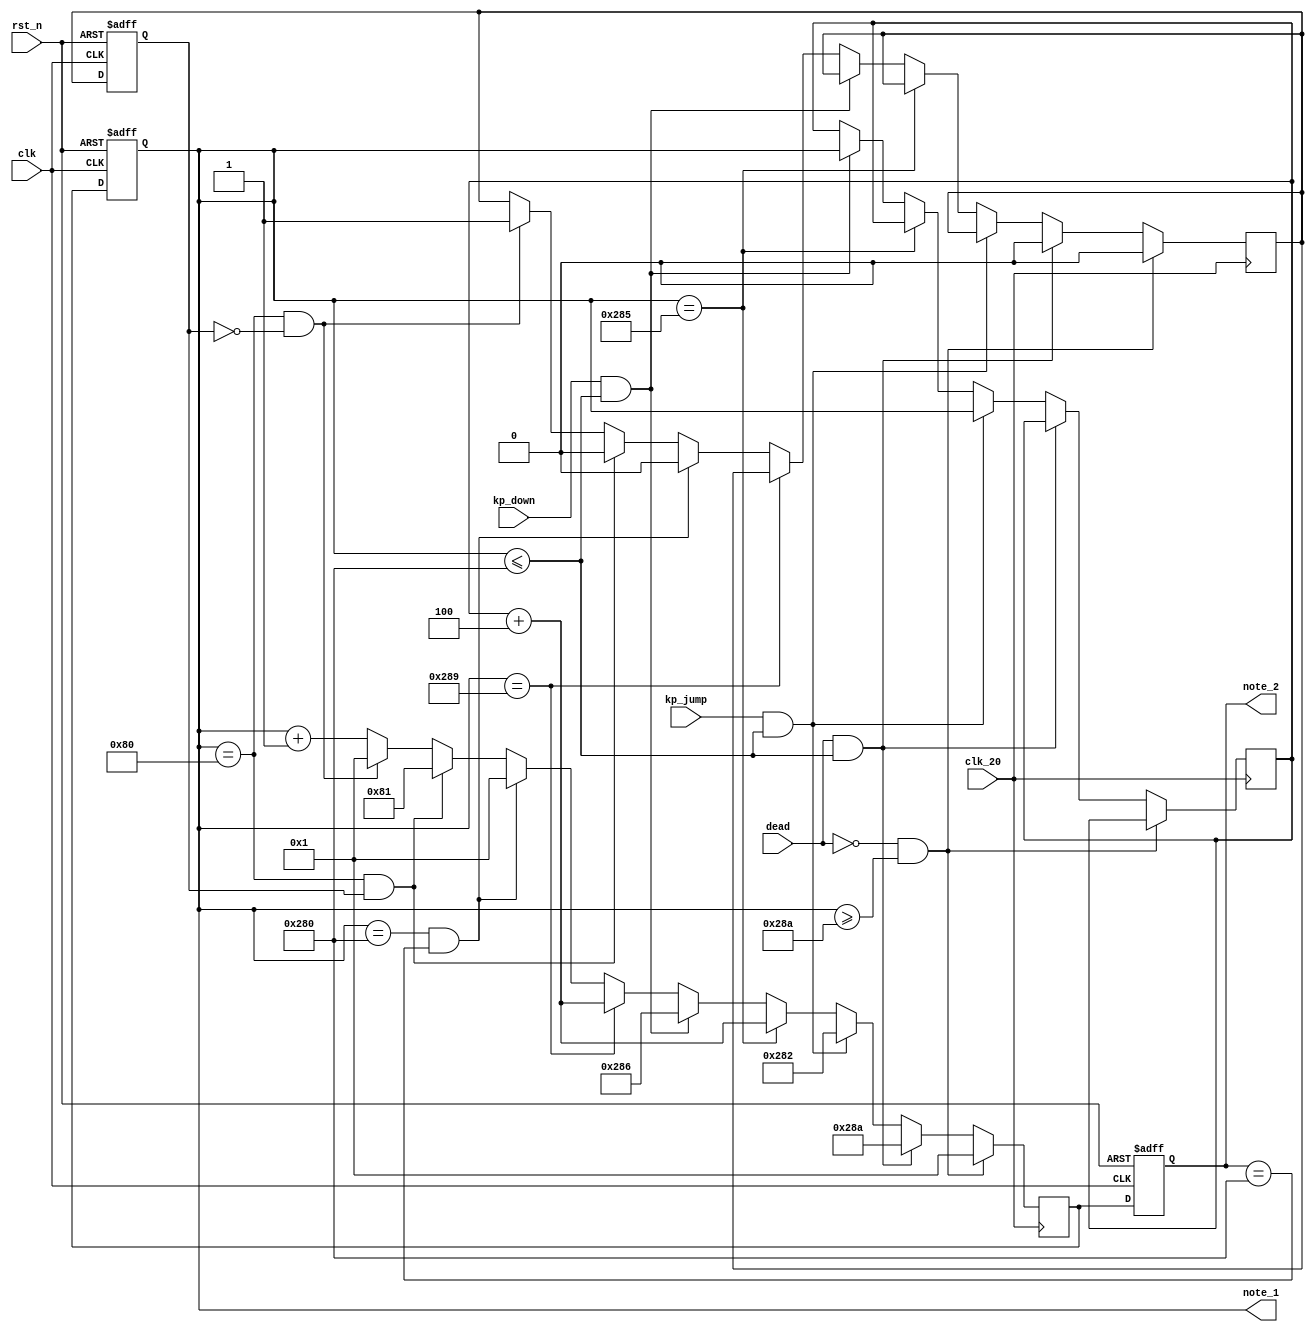
module note_peak(
    clk,
    rst_n,
    clk_20,
    note_1,
    note_2,
    dead,
    kp_down,
    kp_jump
    
    
    );
    input kp_jump, kp_down; 
    input dead;
    input clk_20;
    input clk;
    input rst_n;
    output reg [11:0]note_1;
    output reg [11:0]note_2;
    reg [11:0] note1_next,note1_next,note2_next,note2_next, note1_store, note2_store;
    reg A,A_tmp;
   
    
    
    always @(posedge clk_20)    ////there and back
    begin 
       if(dead==0 && note_1>=650)
            begin
                note1_next = 1;
                note2_next = 1;
                A_tmp=0;

            end
        else if (dead==1 && note_1<=640)
        begin
            note1_next = 650;
            note2_next = 650;
            A_tmp=0;

        end
        
        else if (kp_jump==1&& note_1<=640)
        begin
            note1_next = 642;
            note2_next = 642;
            note1_store = note_1;
            note2_store = note_2;            
        end 
        
        else if (note_1==645)
        begin
            note1_next = note1_store+4;
            note2_next = note2_store+4;
        end
        
        else if (kp_down==1&& note_1<=640)
        begin
            note1_next = 646;
            note2_next = 646;
            note1_store = note_1;
            note2_store = note_2;            
        end 
        
        else if (note_1==649)
        begin
            note1_next = note1_store+4;
            note2_next = note2_store+4;
        end     
    
        else if(note_1 == 12'd640 && note_2 == 12'd640)
        begin
            note1_next = 1;
            note2_next = 1;
            A_tmp=0;
 
        end    


        else if(note_1 == 12'd128 && A==1)
        begin
            note1_next = 129;    
            note2_next = 129; 
            A_tmp=0;

        end
        else if(note_1 == 12'd128 && A==0)
        begin
            note1_next = 1;
            note2_next = 1;
            A_tmp=1;    

        end                                   
       
       
        else 
            note1_next = note_1+1;
            note2_next = note_2+1;          
    end 
    

 
always @(posedge clk or negedge rst_n)
      if (~rst_n)
      begin
        note_1 <= 0;
        note_2 <= 0;
        A<=0;

      end  
      else
      begin
        note_1 <= note1_next; 
        note_2 <= note1_next;
        A <=  A_tmp;

      end     
endmodule